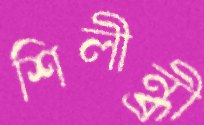
শিলীন্ধ্রী